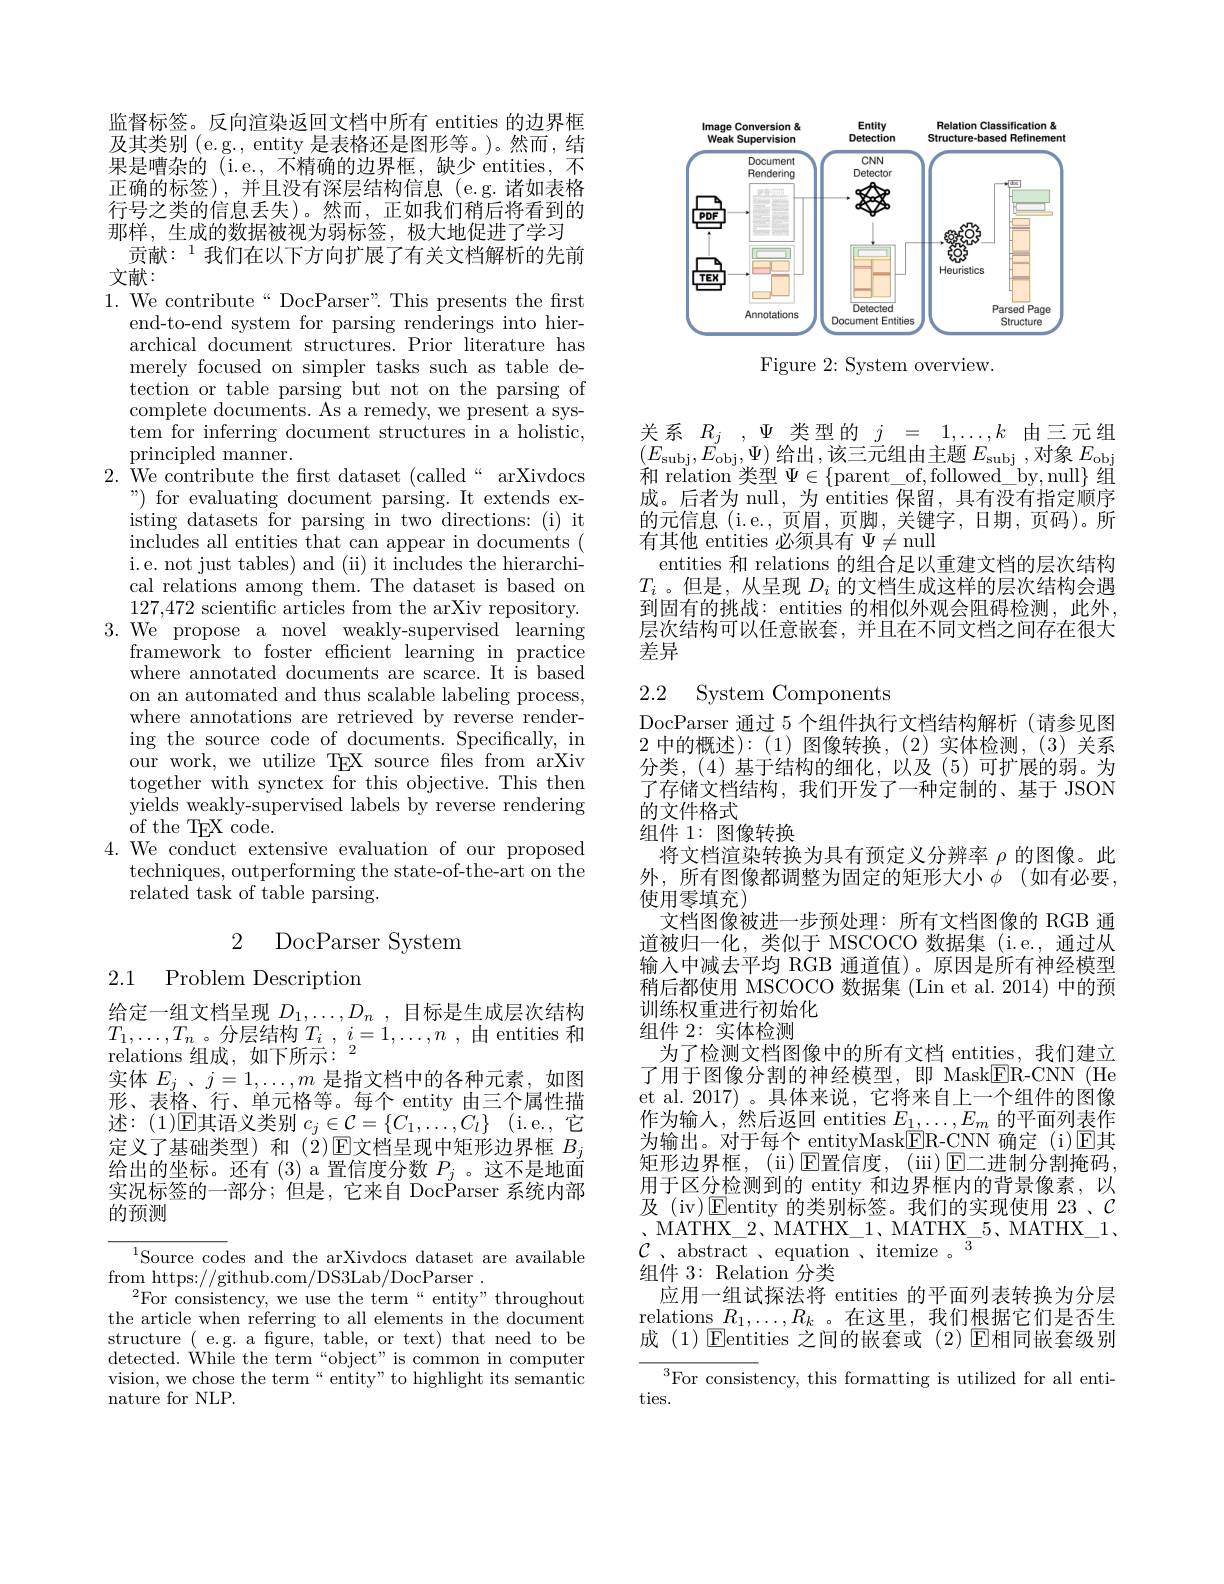
<FigureHere>

Figure 2: System overview.

监督标签。反向渲染返回文档中所有 entities 的边界框及其类别 (e.g., entity 是表格还是图形等。)。然而，结果是嘈杂的 (i.e.,不精确的边界框，缺少 entities,不正确的标签),并且没有深层结构信息(e.g.诸如表格行号之类的信息丢失)。然而，正如我们稍后将看到的那样，生成的数据被视为弱标签，极大地促进了学习
贡献：$^{1}$我们在以下方向扩展了有关文档解析的先前
文献：

$1.{\mathrm{~We~contribute~“DocParser":~This~presents~the~first}}$
end-to-end system for parsing renderings into hierarchical document structures. Prior literature has merely focused on simpler tasks such as table detection or table parsing but not on the parsing of complete documents. As a remedy, we present a system for inferring document structures in a holistic, principled manner.
$2.\bar{\text{ We contribute the frst dataset (called“arXivdocs}}$
 " ) for evaluating document parsing. It extends ex- isting datasets for parsing in two directions: (i) it includes all entities that can appear in documents ( i.e. not just tables) and (ii) it includes the hierarchical relations among them. The dataset is based on 127,472 scientific articles from the arXiv repository.
3.We propose a novel weakly-supervised learning
framework to foster efficient learning in practice where annotated documents are scarce. It is based on an automated and thus scalable labeling process, where annotations are retrieved by reverse rendering the source code of documents. Specifically, in our work, we utilize TEX source files from arXiv together with synctex for this objective. This then yields weakly-supervised labels by reverse rendering of the TEX code.
4.We conduct extensive evaluation of our proposed
techniques, outperforming the state-of-the-art on the
related task of table parsing.

2 DocParser System

2.1 Problem Description

给定一组文档呈现$D_1, \ldots , D_n$ ,目标是生成层次结构$\begin{array}{l}{T_{1},\ldots,T_{n}\text{。分层结构 }T_{i}\:,\:i=1,\ldots,n\:,\:\text{由 entities 和}}\\{\mathrm{relations~组成，~如下所示：~}}\\{=(W)\cdot W_{i}(W_{i})=W_{i}(W_{i})=W_{i}(W_{i})=W_{i}(W_{i})=W_{i}(W_{i})=W_{i}(W_{i})=W_{i}(W_{i})=W_{i}(W_{i})=W_{ij}(W_{i})=W_{i}(W_{i})=W_{i}(W_{i})=W_{i}(W_{i})=W_{i}}\end{array}$ 实体$E_j$、$j=1,\ldots,m$是指文档中的各种元素，如图形、表格、行、单元格等。每个 entity 由三个属性描述：(1)$\mathbb{E}$其语义类别 $c_j\in\mathcal{C}=\{C_1,\ldots,C_l\}$ (i.e.,它定义了基础类型)和(2)$\overline{\text{E文档呈现中矩形边界框 }B_j}$ 给出的坐标。还有(3)a置信度分数$P_j$ 。这不是地面实况标签的一部分；但是，它来自 DocParser 系统内部的预测

$^{1}$Source codes and the arXivdocs dataset are available
from https: / / github. com/ DS3Lab/ DocParser .
$^{2}$For consistency, we use the term“entity”throughout the article when referring to all elements in the document structure ( e.g. a figure, table, or text) that need to be detected. While the term“object" is common in computer vision, we chose the term“entity”to highlight its semantic nature for NLP.

关系$R_{j},\Psi$类型的$j=1,\ldots,k$由三元组$\left(E_{\mathrm{subj}},E_{\mathrm{obj}},\Psi\right)$给出，该三元组由主题$E_\mathrm{subj}$,对象$E_\mathrm{obj}$ 和 relation 类型$\Psi\in\{$parent\_of,followed\_by,null$\}$组成。后者为 null, 为 entities 保留，具有没有指定顺序的元信息 (i.e., 页眉，页脚，关键字，日期，页码)。所有其他 entities 必须具有$\Psi\neq$null
entities 和 relations 的组合足以重建文档的层次结构$T_i$ 。但是，从呈现$D_i$的文档生成这样的层次结构会遇到固有的挑战：entities 的相似外观会阻碍检测，此外， 层次结构可以任意嵌套，并且在不同文档之间存在很大差异

## 2.2 System Components

的文件格式
组件 1: 图像转换
将文档渲染转换为具有预定义分辨率$\rho$的图像。此

训练权重进行初始化
组件 2: 实体检测
为了检测文档图像中的所有文档 entities, 我们建立

DocParser 通过 5 个组件执行文档结构解析 (请参见图2 中的概述):(1) 图像转换，(2)实体检测，(3)关系分类，(4)基于结构的细化，以及(5)可扩展的弱。为了存储文档结构，我们开发了一种定制的、基于 JSON 外，所有图像都调整为固定的矩形大小$\phi$ (如有必要， 使用零填充)
文档图像被进一步预处理：所有文档图像的 RGB 通道被归一化，类似于 MSCOCO 数据集(i.e.,通过从输入中减去平均 RGB 通道值)。原因是所有神经模型稍后都使用 MSCOCO 数据集 (Lin et al.2014) 中的预了用于图像分割的神经模型，即 Mask$\boxed{\mathrm{FR-CNN}}$(He et al. 2017)。具体来说，它将来自上一个组件的图像作为输入，然后返回 entities $E_1,\ldots,E_m$的平面列表作为输出。对于每个 entityMask$\underline{\mathrm{E}}$R-CNN 确定 (i)☑ 其矩形边界框，(ii)$\bar{\text{E置信度，(ii)E二进制分割掩码，}}$ 用于区分检测到的 entity 和边界框内的背景像素，以及 (iv)$\operatorname{Eentity}$的类别标签。我们的实现使用 23 、$\mathcal{C}$ $、$MATHX$\_$2、 MATHX$\_$1、 MATHX$\_$5、 MATHX$\_$1. $\mathcal{C}$ 、abstract 、equation 、itemize 。
组件3：Relation 分类
应用一组试探法将 entities 的平面列表转换为分层relations $R_1,\ldots,R_k$ 。在这里，我们根据它们是否生成(1)$\operatorname{\text{Eentities 之间的嵌套或(2)}}$E相同嵌套级别
$^3$For consistency, this formatting is utilized for all enti-
ties.